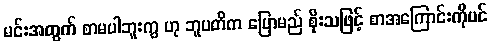
မင်းအတွက် စာမပါဘူးကွ ဟု ဘူပတိက ပြောမည် စိုးသဖြင့် စာအကြောင်းကိုပင်